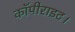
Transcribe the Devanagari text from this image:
कॉपीराइट।